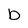
Character: b